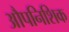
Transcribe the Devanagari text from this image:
औपनिशिक